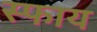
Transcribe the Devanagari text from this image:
स्फाय